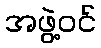
အဖွဲ့ဝင်